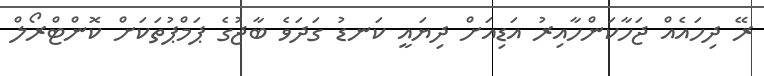
ރޭ ދިހައެއް ޖަހާކަންހާއިރު އަޑިއަށް ދިޔައީ ކަނޑު ގަދަވެ ބާޖުގެ ޕަމްޕުތަކަށް ކޮންޓްރޯލް